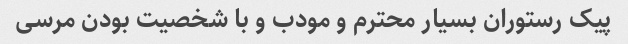
پیک رستوران بسیار محترم و مودب و با شخصیت بودن مرسی